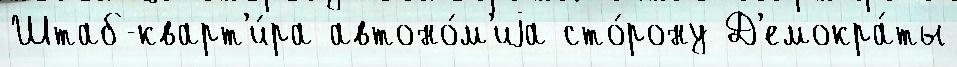
Штаб-кварт'и́ра автоно́м'иjа сто́рону Д'емокра́ты